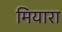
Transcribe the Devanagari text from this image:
मियारा